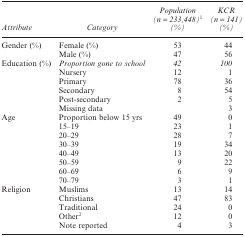
| Attribute | Category | Population (n = 233,448)1 (%) | KCR (n = 141) (%) |
 | --- | --- | --- | --- |
 | <ROWSPAN=2> Gender (%) | Female (%) | 53 | 44 |
 | Male (%) | 47 | 56 |
 | <ROWSPAN=6> Education (%) | Proportion gone to school | 42 | 100 |
 | Nursery | 12 | 1 |
 | Primary | 78 | 36 |
 | Secondary | 8 | 54 |
 | Post-secondary | 2 | 5 |
 | Missing data |  | 3 |
 | <ROWSPAN=8> Age | Proportion below 15 yrs | 49 | 0 |
 | 15–19 | 23 | 1 |
 | 20–29 | 28 | 7 |
 | 30–39 | 19 | 34 |
 | 40–49 | 13 | 20 |
 | 50–59 | 9 | 22 |
 | 60–69 | 6 | 9 |
 | 70–79 | 3 | 1 |
 | <ROWSPAN=5> Religion | Muslims | 13 | 14 |
 | Christians | 47 | 83 |
 | Traditional | 24 | 0 |
 | Other2 | 12 | 0 |
 | Note reported | 4 | 3 |